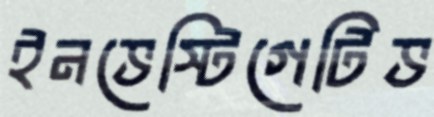
ইনভেস্টিগেটিভ